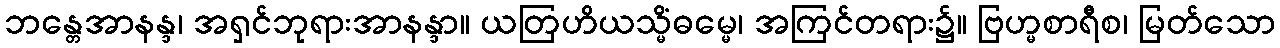
ဘန္တေအာနန္ဒ၊ အရှင်ဘုရားအာနန္ဒာ။ ယတြဟိယသ္မိံဓမ္မေ၊ အကြင်တရား၌။ ဗြဟ္မစာရီစ၊ မြတ်သော